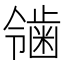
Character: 𬹴